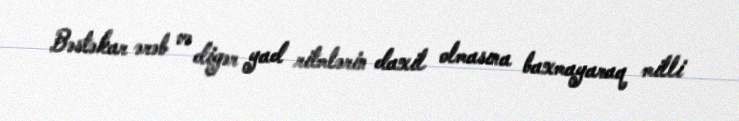
Bəstəkar ərəb və digər yad ritmlərin daxil olmasına baxmayaraq milli